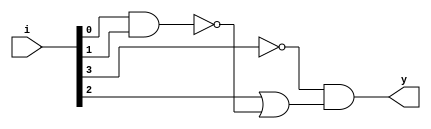
module units(i, y);
    input wire[3:0] i;
    output reg y;

    reg w1, w2;

    always @* begin
        w1 = ~(i[0] & i[1]);
        w2 = i[2] | w1;
        y = (~i[3]) & w2;
    end
endmodule